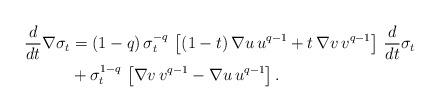
LaTeX: \begin{align*}\frac{d}{dt} \nabla \sigma_t&=(1-q)\, \sigma_t^{-q}\, \left[(1-t)\, \nabla u\, u^{q-1}+t\, \nabla v\, v^{q-1}\right]\,\frac{d}{dt} \sigma_t\\&+\sigma_t^{1-q}\, \left[\nabla v\, v^{q-1}-\nabla u\, u^{q-1}\right].\end{align*}